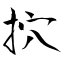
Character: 㧒